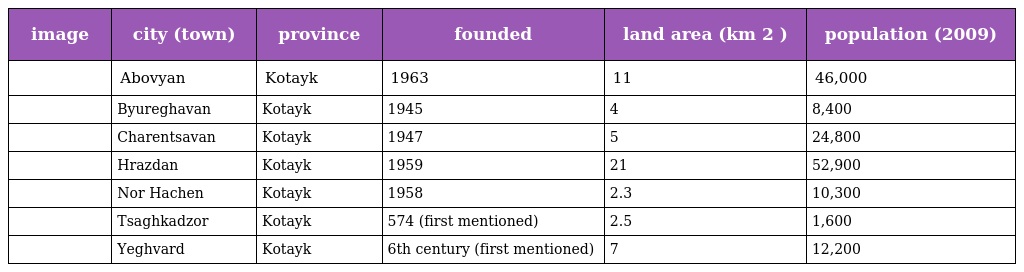
| image | city (town) | province | founded | land area (km 2 ) | population (2009) |
 | --- | --- | --- | --- | --- | --- |
 |  | Abovyan | Kotayk | 1963 | 11 | 46,000 |
 |  | Byureghavan | Kotayk | 1945 | 4 | 8,400 |
 |  | Charentsavan | Kotayk | 1947 | 5 | 24,800 |
 |  | Hrazdan | Kotayk | 1959 | 21 | 52,900 |
 |  | Nor Hachen | Kotayk | 1958 | 2.3 | 10,300 |
 |  | Tsaghkadzor | Kotayk | 574 (first mentioned) | 2.5 | 1,600 |
 |  | Yeghvard | Kotayk | 6th century (first mentioned) | 7 | 12,200 |